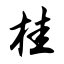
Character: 桂